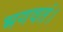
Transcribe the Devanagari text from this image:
भगवतं।